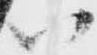
以